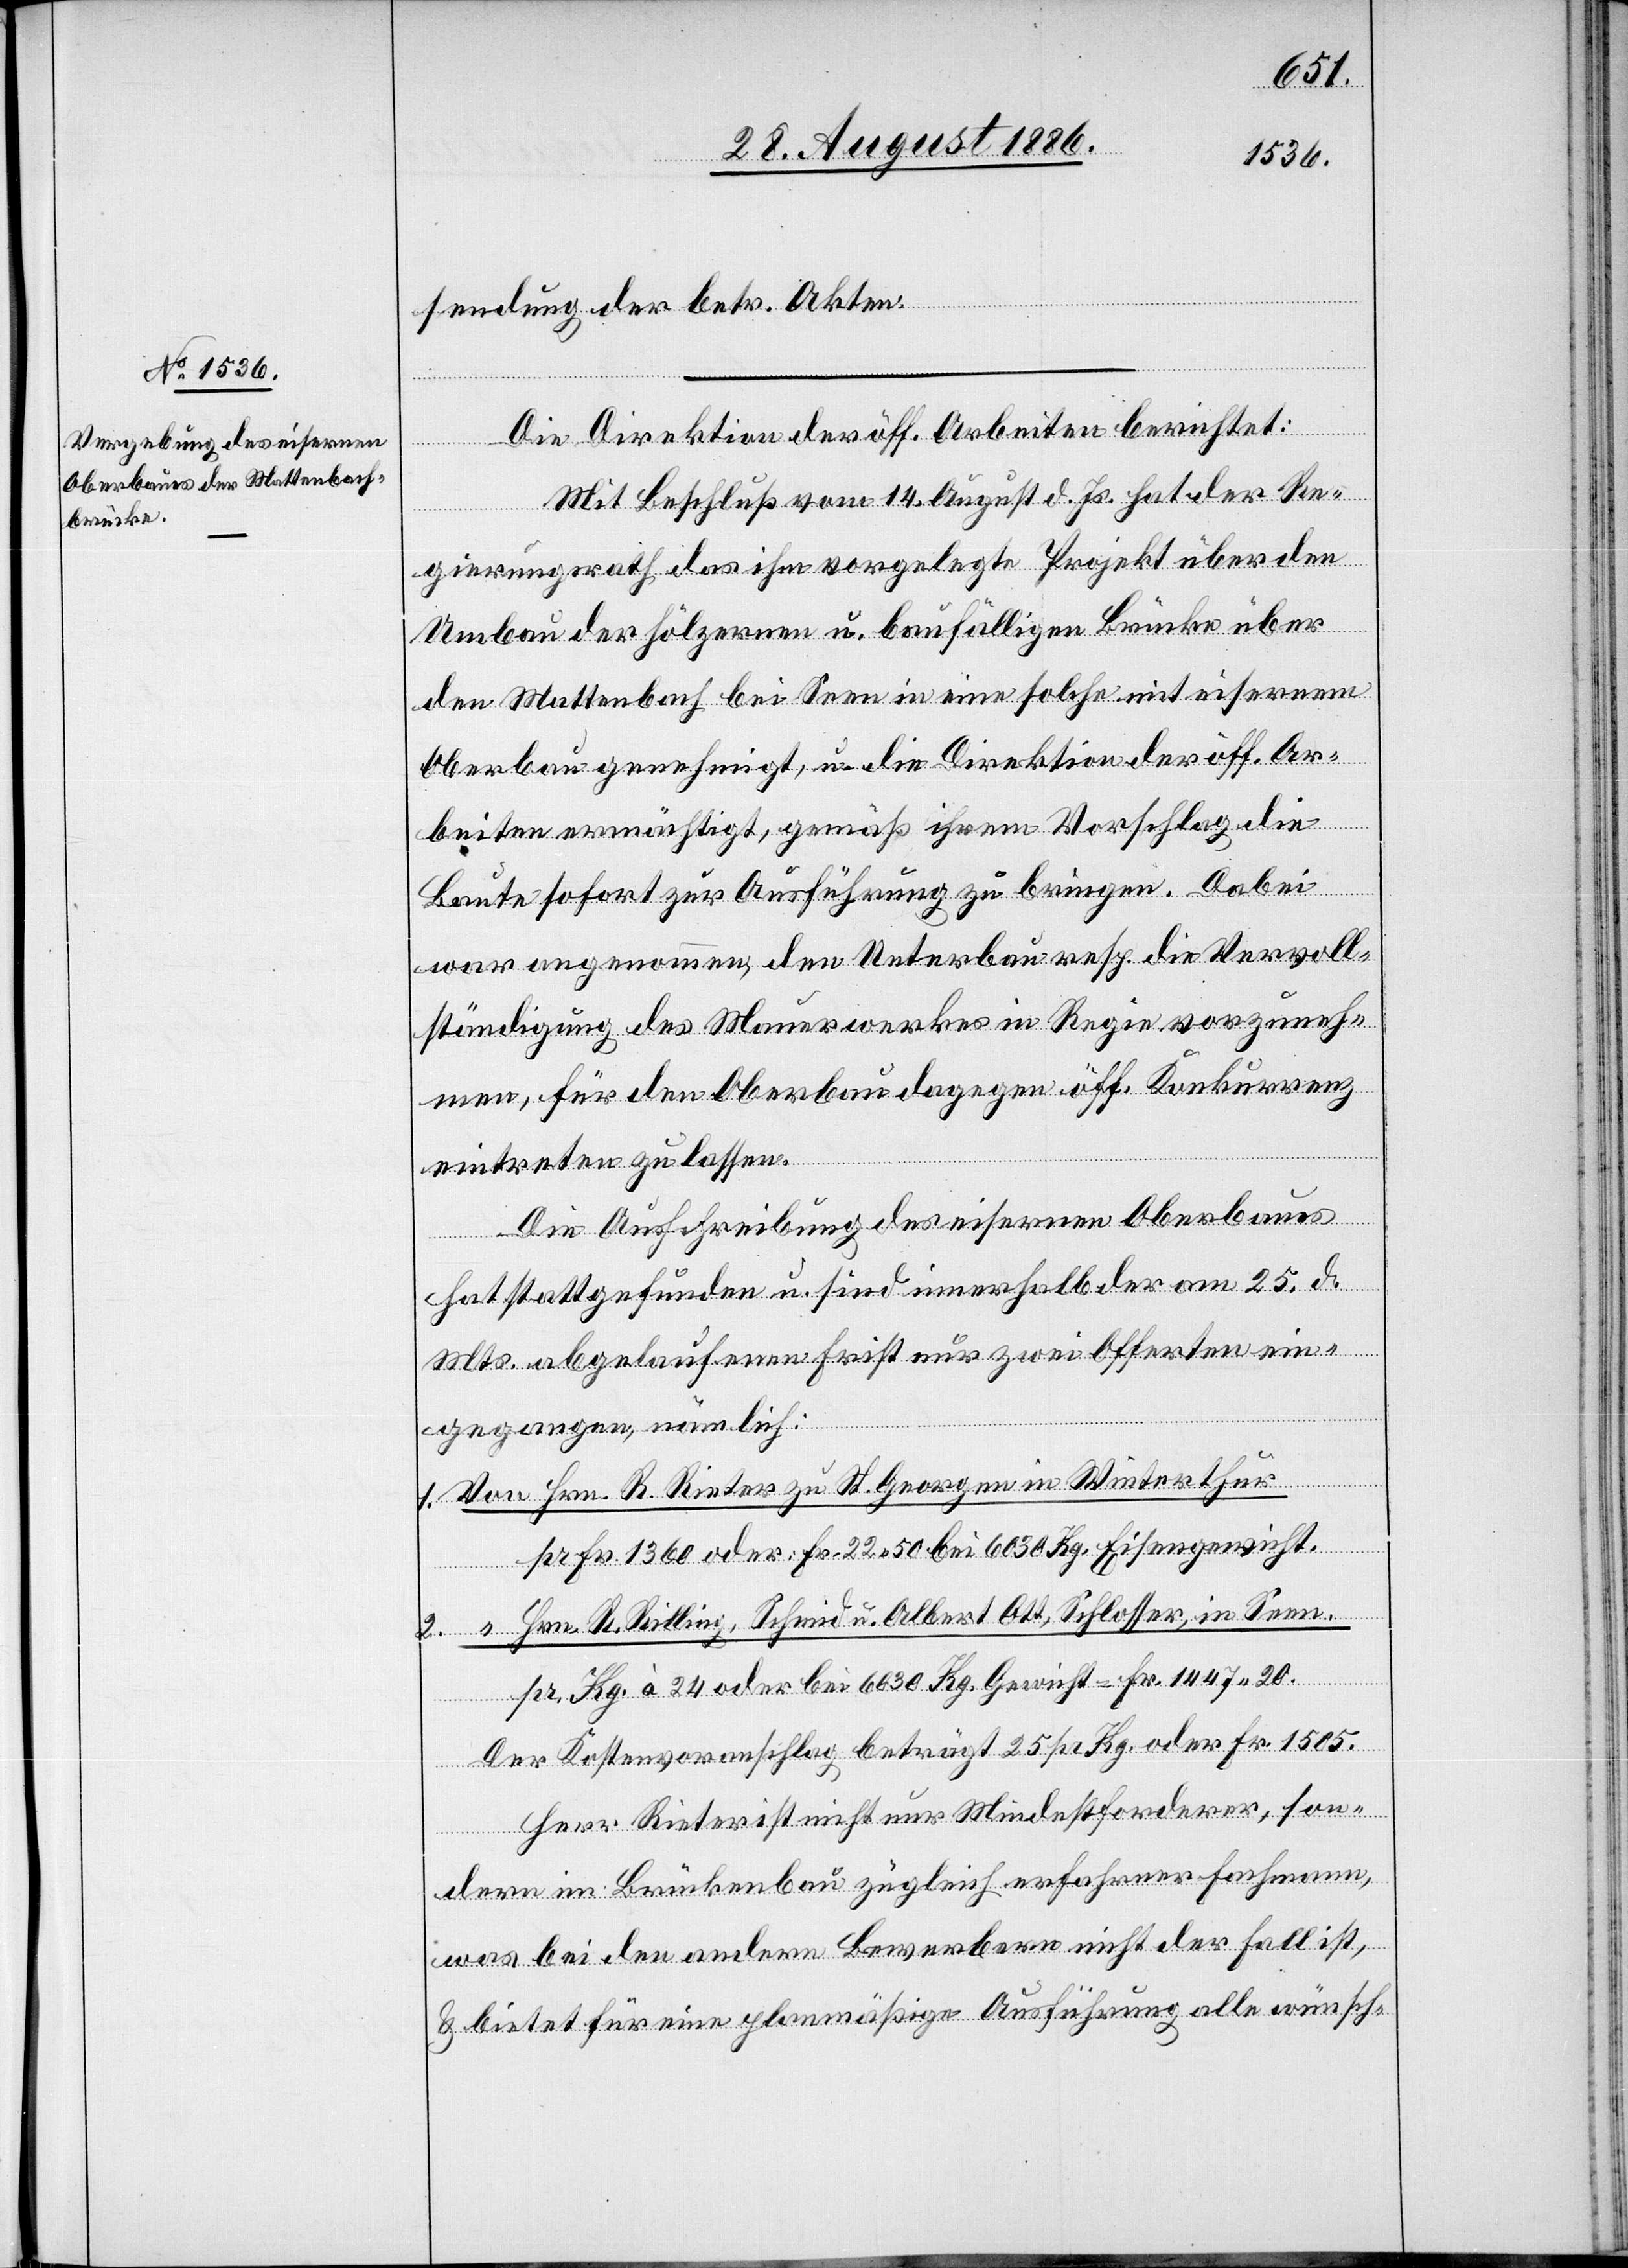
sendung der betr. Akten.
Die Direktion der öff. Arbeiten berichtet:
Mit Beschluß vom 14. August d. Js. hat der Re¬
gierungsrath das ihm vorgelegte Projekt über den
Umbau der hölzernen u. baufälligen Brücke über
den Mattenbach bei Seen in eine solche mit eisernem
Oberbau genehmigt, u. die Direktion der öff. Ar¬
beiten ermächtigt, gemäß ihrem Vorschlag die
Baute sofort zur Ausführung zu bringen. Dabei
war angenommen, den Unterbau resp. die Vervoll¬
ständigung des Mauerwerkes in Regie vorzuneh¬
men, für den Oberbau dagegen öff. Konkurrenz
eintreten zu lassen.
Die Ausschreibung des eisernen Oberbaues
hat stattgefunden u. sind innerhalb der am 25. d.
Mts. abgelaufenen Frist nur zwei Offerten ein¬
gegangen, nämlich:
1. Von Hrn. R. Rieter zu St. Georgen in Winterthur
pr Fr. 1360 oder: Fr. 22 50 bei 6030 Kg. Eisengewicht.
2. [Von] Hrn. R. Rilling, Schmid u. Albert Ott, Schlosser, in Seen.
pr. Kg. à 24 oder bei 6030 Kg. Gewicht = Fr. 1447 20.
Der Kostenvorschlag beträgt 25 pr Kg. oder Fr. 1505.
Herr Rieter ist nicht nur Mindestforderer, son¬
dern im Brückenbau zugleich erfahrner Fachmann,
was bei den andern Bewerbern nicht der Fall ist,
& bietet für eine planmäßige Ausführung alle wünsch-